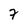
Character: 7